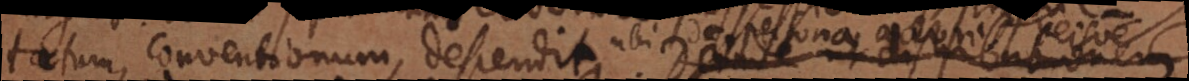
proprietatum, conventionum, descendit, ubi de